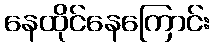
နေထိုင်နေကြောင်း